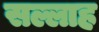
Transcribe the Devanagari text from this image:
सल्लाह